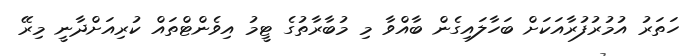
ހަތަރު އުމުރުފުރާއަކަށް ބަހާލައިގެން ބާއްވާ މި މުބާރާތުގެ ޓީމު އިވެންޓްތައް ކުރިއަށްދާނީ މިރޭ